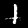
Digit: 1